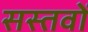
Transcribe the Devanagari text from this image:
सस्तवों